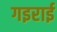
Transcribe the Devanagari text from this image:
गइराई